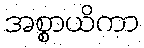
အစ္စာယိကာ